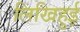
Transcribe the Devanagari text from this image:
लिखिहुई